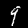
Label: 9